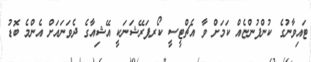
ޓައިވާނުގެ ކުންފުންޏެއް ކަމަށް ވާ އެޗްޓީސީ ކޯރޕަރޭޝަނަކީ އޭޝިއާގެ ދެވަނައަށް އެންމެ ބޮޑު